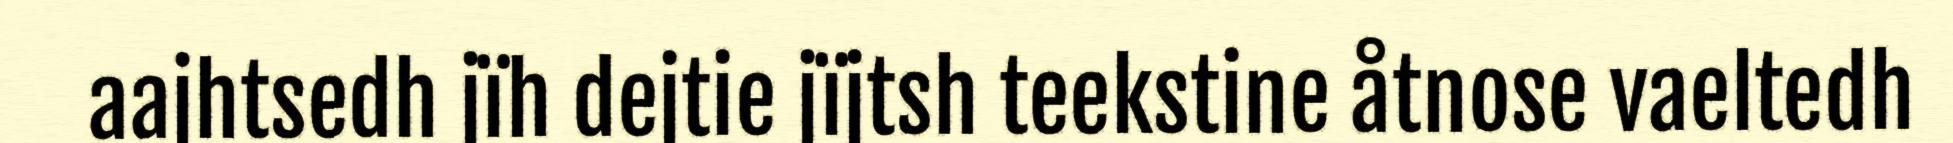
aajhtsedh jïh dejtie jïjtsh teekstine åtnose vaeltedh